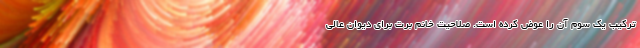
ترکیب یک سوم آن را عوض کرده است. صلاحیت خانم برت برای دیوان عالی